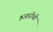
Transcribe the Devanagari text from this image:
हजारीची